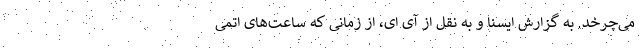
می‌چرخد. به گزارش ایسنا و به نقل از آی ای، از زمانی که ساعت‌های اتمی